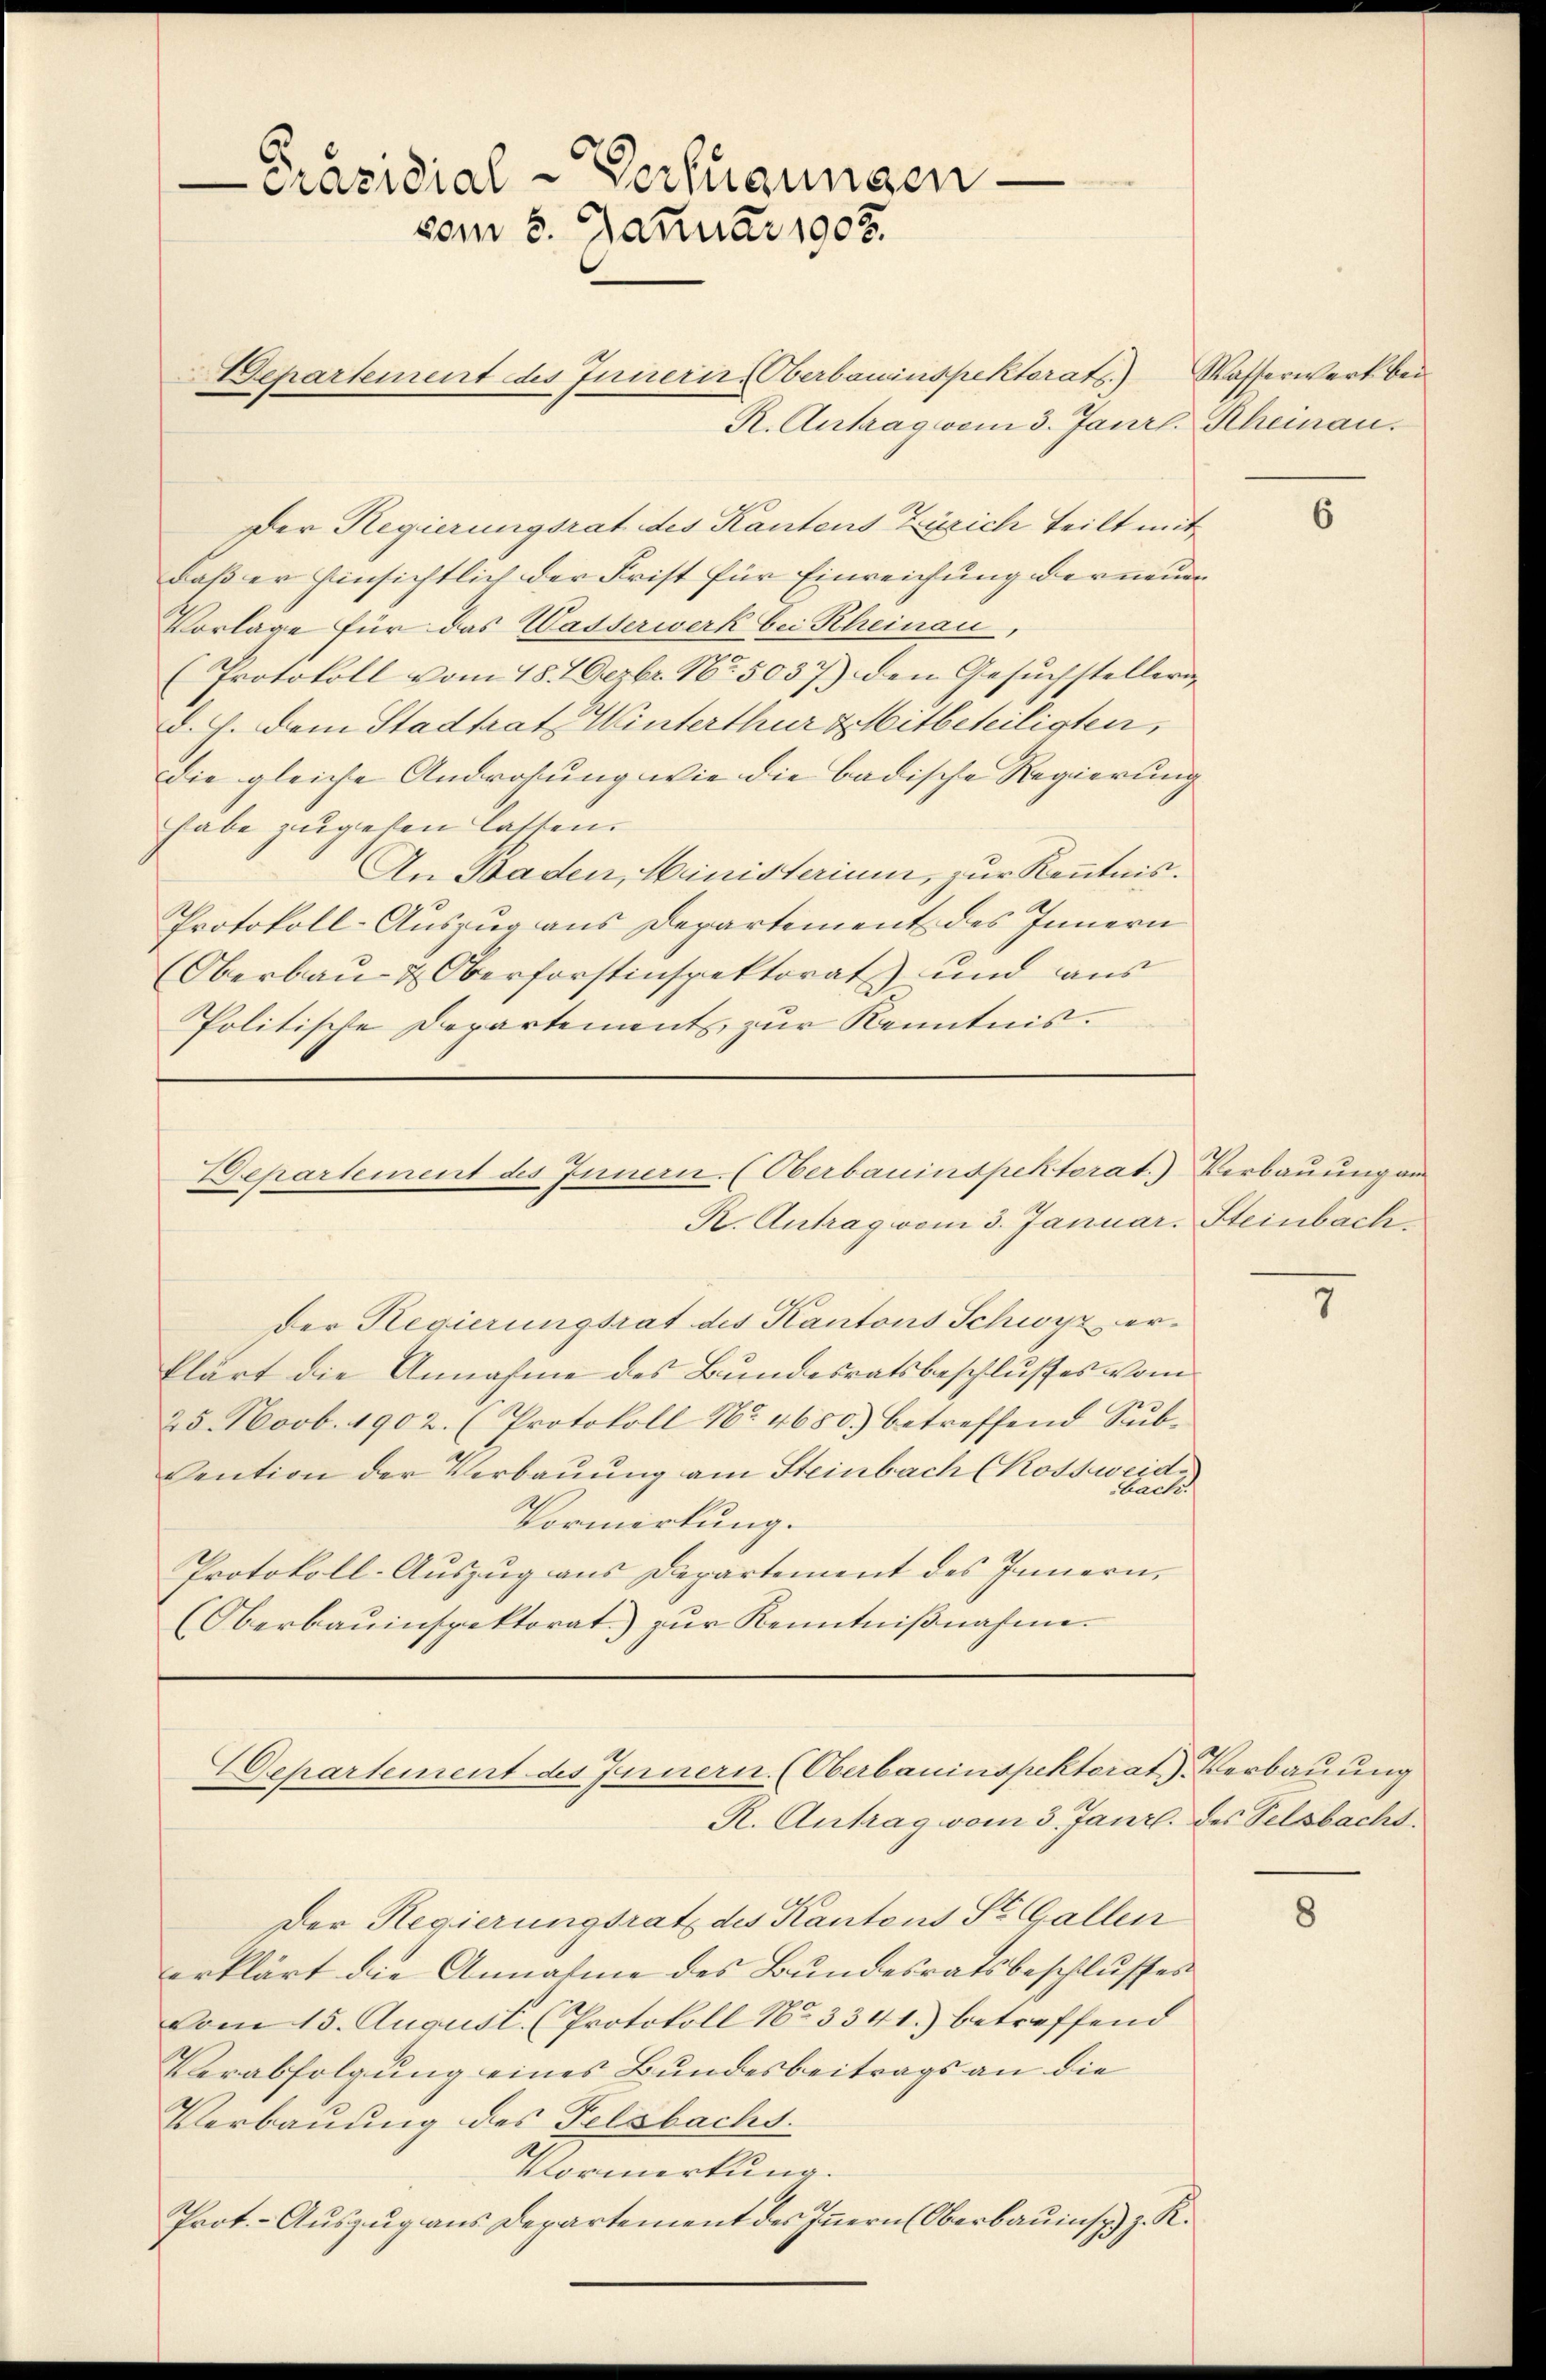
-Präsidial-Verfügungen
vom 8. Januar 1902.

Departement des Innerir, Oberbauinspektorats.) Wasserwerk bei
R. Antrag vom 3. Janrl. Rheinau.
Der Regierungsrat des Kantens Zürich teilt mit
daß er hinsichtlich der Frist für Einreichung der neuen
Vorlage für das Wasserwerk bei Rheinau,
(Protokoll vom 18. 2 Dezbr. No. 5037) den Gesuchstellerid. J. dem Stadtrat Winterthur & Mitbeteiligten,
Die gleiche Androhung wie die badische Regierung
habe zugehen lassen.
An Baden, Ministerium, zur Kenntnis.
Protokoll-Auszug aus Departement des Innern
(Oberbau- & Oberforstinspektorat und aus
Politische Departements zur Kenntnis.

Departement des Innern. (Oberbauinspektorat) Verbauung an
R. Antrag vom 3. Januar. Steinbach

Der Regierungsrat des Kantons Schwyz erklärt die Annahme des Bundesratsbeschlußes vom
25. Novb. 1902. (Protokoll No 4650.) betreffend Sub¬
Cention der Verbauung am Steinbach (Rossweid.
Fact.
Vormirkung.
Protokoll-Auszug aus Departement des Innern.
(Oberbauinspektorat) zur Kenntnißnahme.

Departement des Innern. (Oberbauinspektorat. Verbauung
R. Antrag vom 3. Janr. des Selsbacht.

Der Regierungsrath des Kantons St. Gallen
eerklärt die Annahme des Bundesratsbeschlusses
vom 15. August. (Protokoll No 334 1.) betreffend
Verabfolgung eines Bundesbeitrags an die
Verbauung des Felsbachs.
Vormerkung.
Prot. - Auszug aus Departement des Innern (Oberbauins z. R.

6

7

8